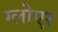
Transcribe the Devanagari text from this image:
ग्लोएर